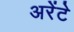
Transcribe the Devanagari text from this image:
अरेंटे